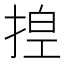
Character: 𪮆